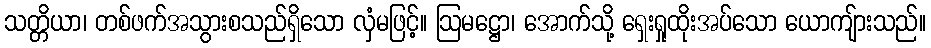
သတ္တိယာ၊ တစ်ဖက်အသွားစသည်ရှိသော လှံမဖြင့်။ ဩမဋ္ဌော၊ အောက်သို့ ရှေးရှုထိုးအပ်သော ယောကျ်ားသည်။